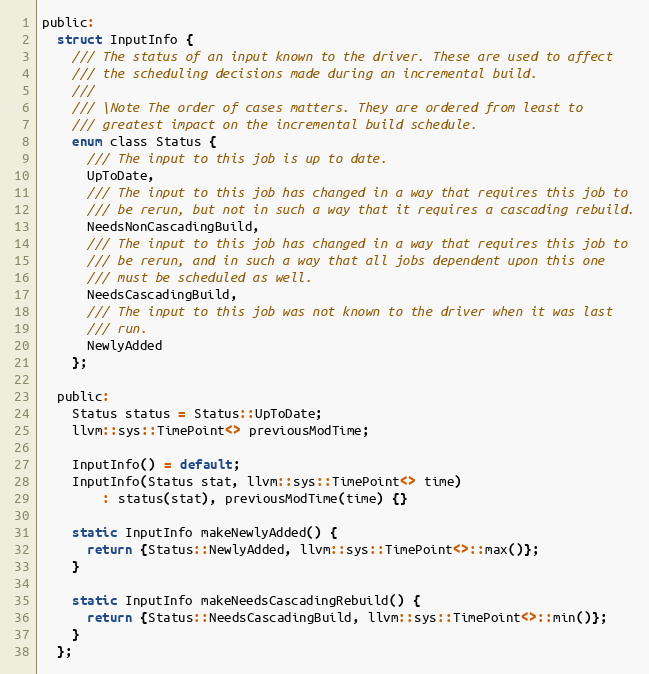
Language: C
public:
  struct InputInfo {
    /// The status of an input known to the driver. These are used to affect
    /// the scheduling decisions made during an incremental build.
    ///
    /// \Note The order of cases matters. They are ordered from least to
    /// greatest impact on the incremental build schedule.
    enum class Status {
      /// The input to this job is up to date.
      UpToDate,
      /// The input to this job has changed in a way that requires this job to
      /// be rerun, but not in such a way that it requires a cascading rebuild.
      NeedsNonCascadingBuild,
      /// The input to this job has changed in a way that requires this job to
      /// be rerun, and in such a way that all jobs dependent upon this one
      /// must be scheduled as well.
      NeedsCascadingBuild,
      /// The input to this job was not known to the driver when it was last
      /// run.
      NewlyAdded
    };

  public:
    Status status = Status::UpToDate;
    llvm::sys::TimePoint<> previousModTime;

    InputInfo() = default;
    InputInfo(Status stat, llvm::sys::TimePoint<> time)
        : status(stat), previousModTime(time) {}

    static InputInfo makeNewlyAdded() {
      return {Status::NewlyAdded, llvm::sys::TimePoint<>::max()};
    }

    static InputInfo makeNeedsCascadingRebuild() {
      return {Status::NeedsCascadingBuild, llvm::sys::TimePoint<>::min()};
    }
  };